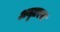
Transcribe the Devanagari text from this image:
अमृतरस